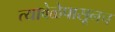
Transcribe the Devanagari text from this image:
त्यावेळेपासूनच